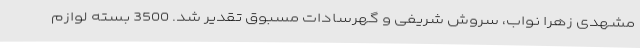
مشهدی زهرا نواب، سروش شریفی و گهرسادات مسبوق تقدیر شد. 3500 بسته لوازم